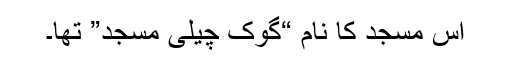
اس مسجد کا نام “گوک چیلی مسجد” تھا۔